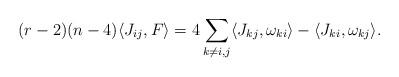
LaTeX: \begin{align*}(r-2)(n-4) \langle J_{ij}, F \rangle =4 \sum_{k\neq i,j} \langle J_{kj}, \omega_{ki} \rangle - \langle J_{ki},\omega_{kj} \rangle.\end{align*}